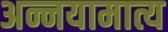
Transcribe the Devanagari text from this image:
अन्नयामात्य